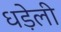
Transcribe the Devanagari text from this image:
धड़ेली